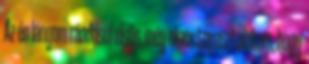
Az én lányom ráadásul elsős, még nincs tapasztalatom, hogy